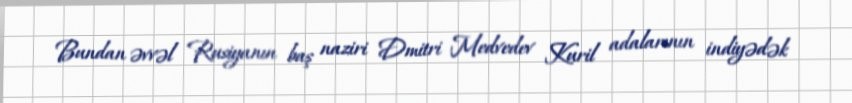
Bundan əvvəl Rusiyanın baş naziri Dmitri Medvedev Kuril adalarının indiyədək